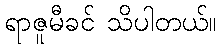
ရာဇူမီခင် သိပါတယ်။